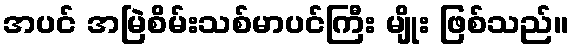
အပင် အမြဲစိမ်းသစ်မာပင်ကြီး မျိုး ဖြစ်သည်။